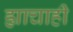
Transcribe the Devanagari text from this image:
ह्याचाही